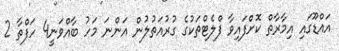
އައްޑޫގައި އިމާރާތް ކޮށްފައިވާ ފްލެޓްތަކުގެ ގުރުއަތުލުން އަންނަ މަހު ބާއްވަނީ4 ހަފްތާ 2